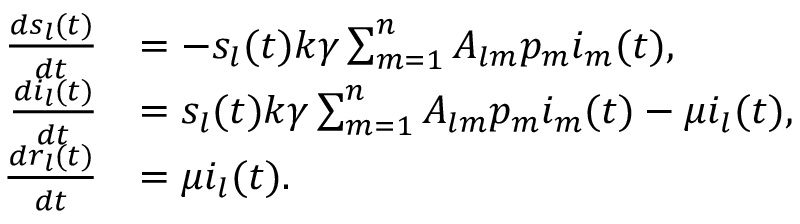
\begin{array} { r l } { \frac { d s _ { l } ( t ) } { d t } } & { = - s _ { l } ( t ) k \gamma \sum _ { m = 1 } ^ { n } { A _ { l m } p _ { m } i _ { m } ( t ) } , } \\ { \frac { d i _ { l } ( t ) } { d t } } & { = s _ { l } ( t ) k \gamma \sum _ { m = 1 } ^ { n } { A _ { l m } p _ { m } i _ { m } ( t ) } - \mu i _ { l } ( t ) , } \\ { \frac { d r _ { l } ( t ) } { d t } } & { = \mu i _ { l } ( t ) . } \end{array}